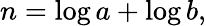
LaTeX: n=\log a+\log b,